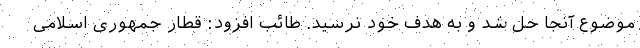
موضوع آنجا حل شد و به هدف خود نرسید. طائب افزود: قطار جمهوری اسلامی